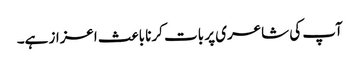
آپ کی شاعری پر بات کرنا باعث اعزاز ہے۔